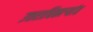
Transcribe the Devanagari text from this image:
उत्तराधिकाऱ्यांत